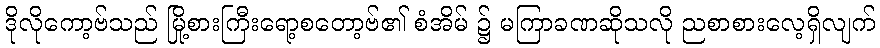
ဒိုလိုကော့ဗ်သည် မြို့စားကြီးရော့စတော့ဗ်၏ စံအိမ် ၌ မကြာခဏဆိုသလို ညစာစားလေ့ရှိလျက်